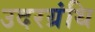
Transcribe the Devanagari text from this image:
उदरग्रंथि